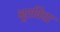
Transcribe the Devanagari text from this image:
भूतविधा